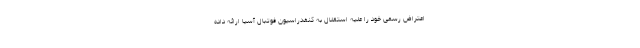
اعتراض رسمی خود را علیه استقلال به کنفدراسیون فوتبال آسیا ارائه داده